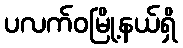
ပလက်ဝမြို့နယ်ရှိ